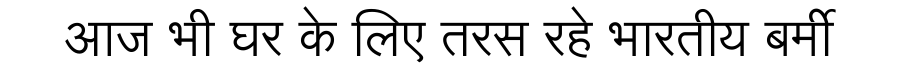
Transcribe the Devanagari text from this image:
आज भी घर के लिए तरस रहे भारतीय बर्मी